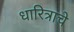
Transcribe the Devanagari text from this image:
धारित्राचे